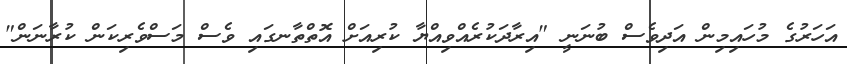
އަހަރުގެ މުހައިމިން އަދިވެސް ބުނަނީ "އިރާދަކުރެއްވިއްޔާ ކުރިއަށް އޮތްތާނގައި ވެސް މަސްވެރިކަން ކުރާނަން"